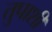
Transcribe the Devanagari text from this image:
तुपाशी